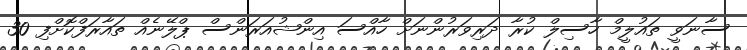
ސާނަވީ ތައުލީމް ހާސިލް ކުރާ ދަރިވަރުންނަށް ހާއްސަ އިންޝުއަރަންސް ޕްލޭނެއް ތައާރަފްކޮށްފި 30